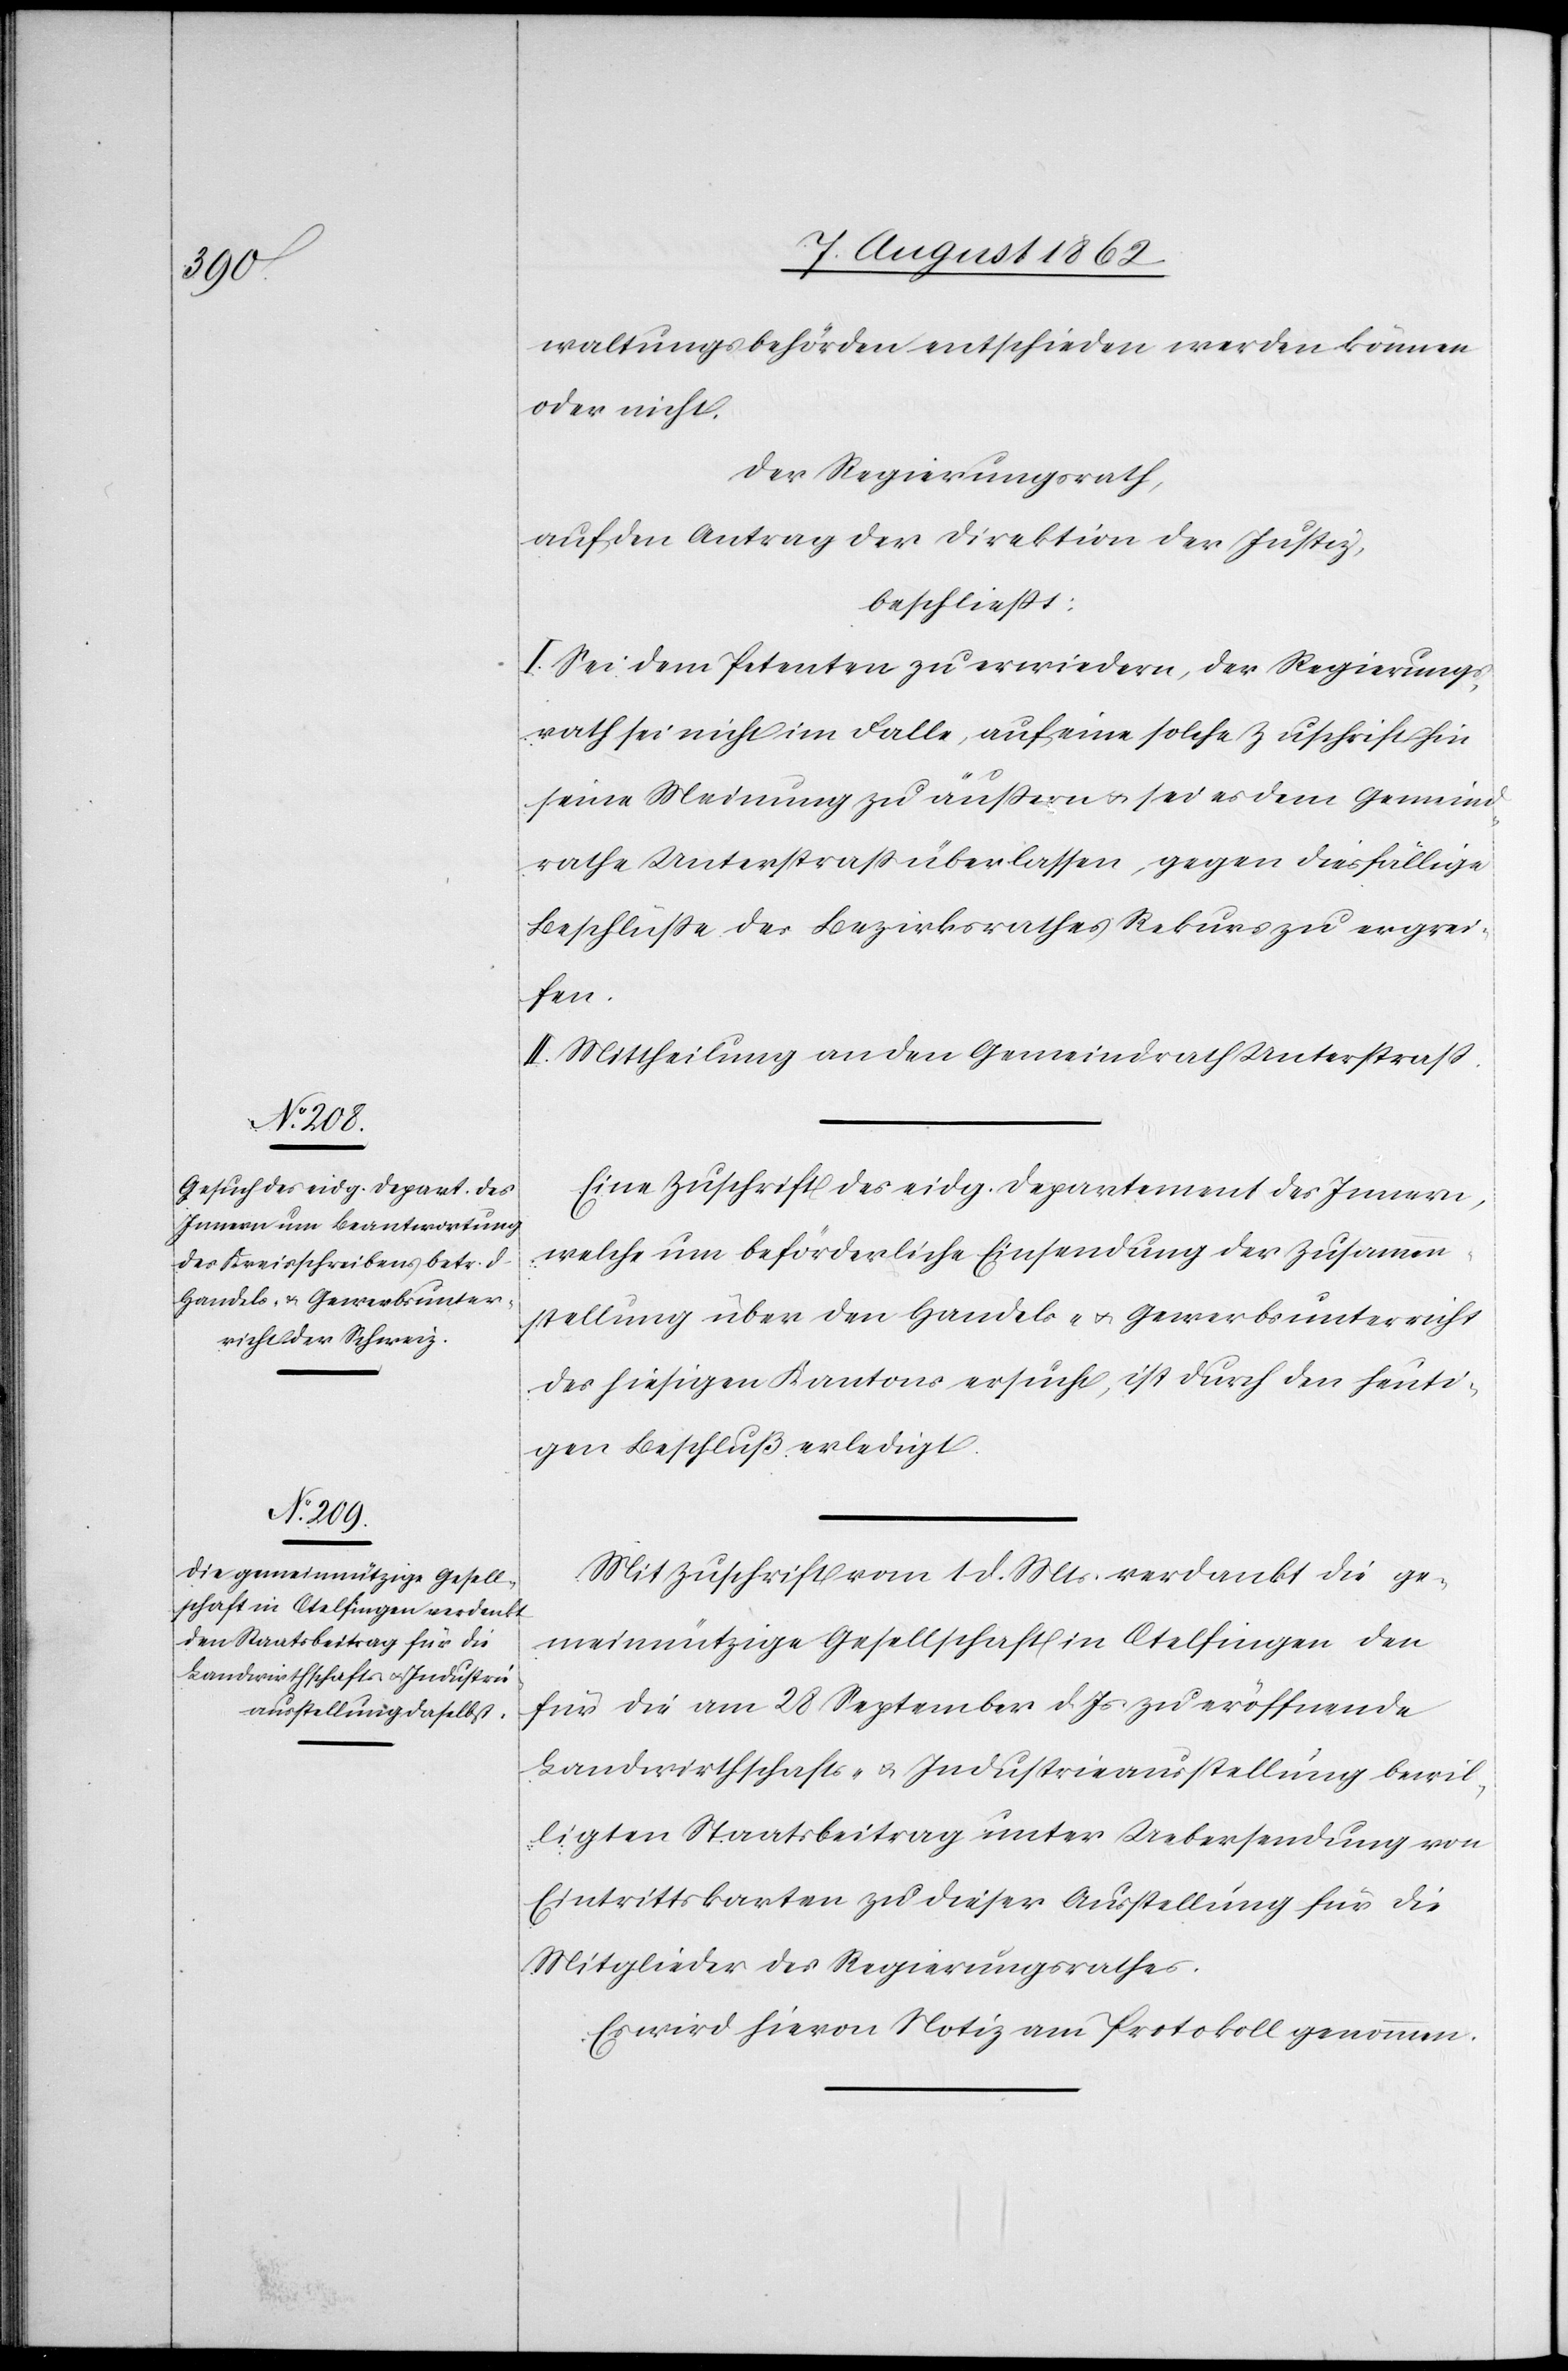
waltungsbehörden entschieden werden können
oder nicht.
Der Regierungsrath,
auf den Antrag der Direktion der Justiz,
beschließt:
I. Sei dem Petenten zu erwiedern, der Regierungs¬
rath sei nicht im Falle, auf eine solche Zuschrift hin
seine Meinung zu äußern u. sei es dem Gemeind¬
rathe Unterstraß überlassen, gegen diesfällige
Beschlüsse des Bezirksrathes Rekurs zu ergrei¬
fen.
II. Mittheilung an den Gemeindrath Unterstraß.
Eine Zuschrift des eidg. Departement des Innern,
welche um beförderliche Einsendung der Zusammen¬
stellung über den Handels- u. Gewerbsunterricht
des hiesigen Kantons ersucht, ist durch den heuti¬
gen Beschluß erledigt.
Mit Zuschrift vom 1.d. Mts. verdankt die ge¬
meinnützige Gesellschaft in Otelfingen den
für die am 28. September d. Js. zu eröffnende
Landwirtschafts- u., Industrieausstellung bewil¬
ligten Staatsbeitrag unter Uebersendung von
Eintrittskarten zu dieser Ausstellung für die
Mitglieder des Regierungsrathes.
Es wird hievon Notiz am Protokoll genommen.